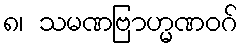
၈၊ သမဏဗြာဟ္မဏဝဂ်